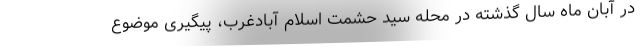
در آبان ماه سال گذشته در محله سید حشمت اسلام آبادغرب، پیگیری موضوع